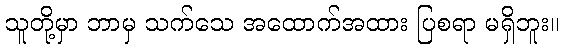
သူတို့မှာ ဘာမှ သက်သေ အထောက်အထား ပြစရာ မရှိဘူး။